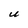
Character: U